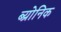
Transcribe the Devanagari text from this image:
ब्य्रोनिक